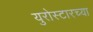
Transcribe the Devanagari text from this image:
युरोस्टारच्या